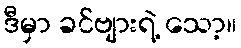
ဒီမှာ ခင်ဗျားရဲ့ သော့။